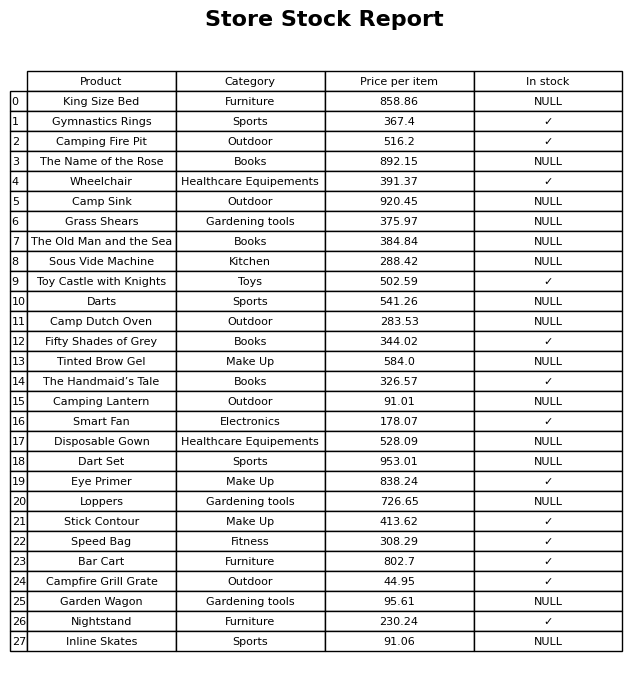
question: What is the price for Wheelchair?
answer: The price of Wheelchair is 391.37.